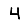
Digit: 4